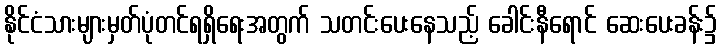
နိုင်ငံသားများမှတ်ပုံတင်ရရှိရေးအတွက် သတင်းပေးနေသည့် ခေါင်းနီရောင် ဆေးပေးခန်း၌